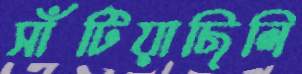
সাঁটিয়াছিলি